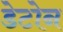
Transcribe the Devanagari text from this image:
डेटोन